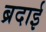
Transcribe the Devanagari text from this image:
ब्रदाई